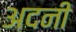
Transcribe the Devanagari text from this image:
अदनी